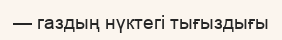
— газдың нүктегі тығыздығы